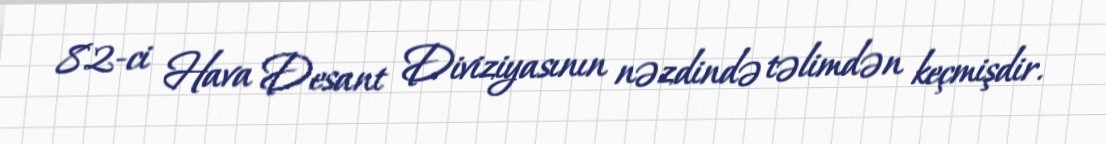
82-ci Hava Desant Diviziyasının nəzdində təlimdən keçmişdir.